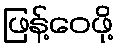
ဖြန့်ဝေဖို့